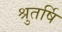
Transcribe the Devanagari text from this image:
श्रुतर्षि